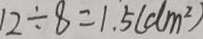
1 2 \div 8 = 1 . 5 ( d m ^ { 2 } )